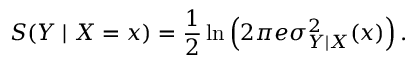
S ( Y \mid X = x ) = \frac { 1 } { 2 } \ln \left( 2 \pi e \sigma _ { Y \mid X } ^ { 2 } ( x ) \right) .